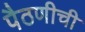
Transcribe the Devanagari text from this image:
पैठणीची